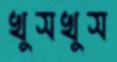
খুসখুস